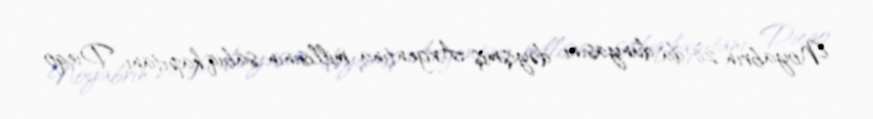
Noyabrın 26-da dünyasını dəyişmiş Argentina millisinin sabiq kapitanı Dieqo